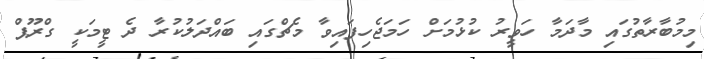
މިމުބާރާތުގައި މާދަމާ ހަވީރު ކުޅުމަށް ހަމަޖެހިފައިވާ މެޗްގައި ބައްދަލުކުރާ ދެ ޓީމަކީ ގްރޫޕް